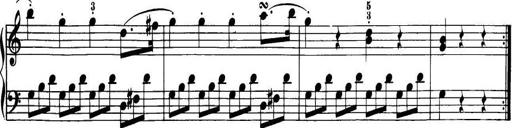
Title: 32 Sonatinas and Rondos for the Piano
Composer: Richard Kleinmichel